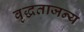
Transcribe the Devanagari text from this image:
वृद्धताजन्य